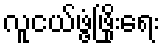
လူငယ်ဖွံ့ဖြိုးရေး